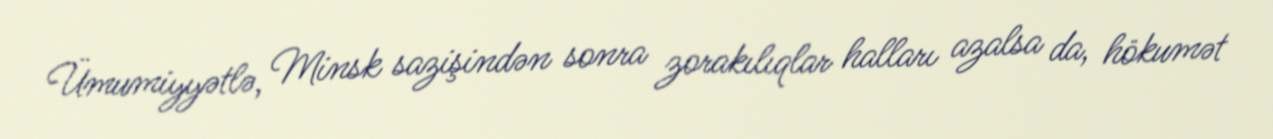
Ümumiyyətlə, Minsk sazişindən sonra zorakılıqlar halları azalsa da, hökumət